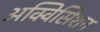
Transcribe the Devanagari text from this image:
अक्विसिशन